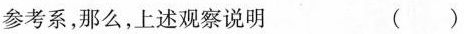
参考系，那么，上述观察说明 ()